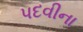
પદવીના